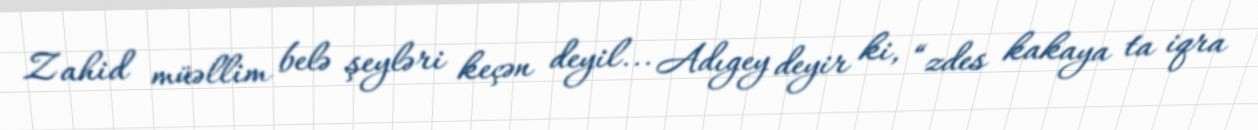
Zahid müəllim belə şeyləri keçən deyil... Adıgey deyir ki, “zdes kakaya ta iqra